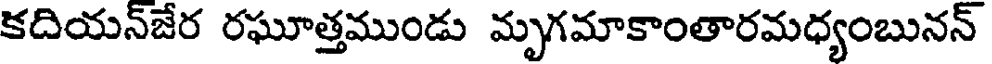
కదియన్జేర రఘూత్తముండు మృగమాకాంతారమధ్యంబునన్